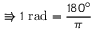
\Rrightarrow 1 { \mathrm { ~ r a d } } = { \frac { 1 8 0 ^ { \circ } } { \pi } }